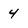
Character: 4